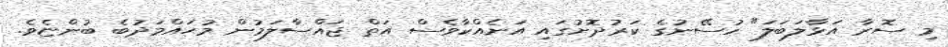
މި ސޮރާ އަޅާލަބަލަ" ހުސޭނުގެ ކަރުދޮށުގައި އަނެއްކާވެސް އަތް ޖައްސާލަމުން މުޙައްމަދުބެ ބުންޏެވެ.